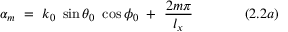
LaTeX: \alpha _ { m } ~ = ~ k _ { 0 } ~ \sin \theta _ { 0 } ~ \cos \phi _ { 0 } ~ + ~ { \frac { 2 m \pi } { l _ { x } } } ~ ~ ~ ~ ~ ~ ~ ~ ~ ~ ~ ( 2 . 2 a )